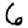
Digit: 6